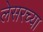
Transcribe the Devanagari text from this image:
लेसरच्या